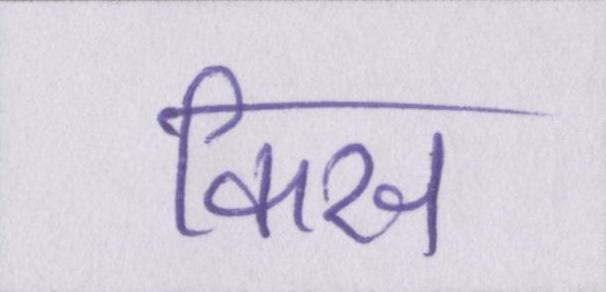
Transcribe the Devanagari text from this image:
किस